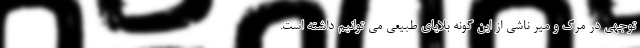
توجهی در مرگ و میر ناشی از این گونه بلایای طبیعی می توانیم داشته است.